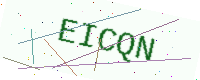
Text: EICQN